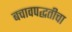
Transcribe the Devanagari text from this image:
बचावपद्धतीचा